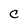
Character: C